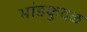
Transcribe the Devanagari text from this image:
भांडकुदळ